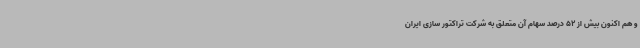
و هم اکنون بیش از 52 درصد سهام آن متعلق به شرکت تراکتور سازی ایران